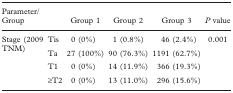
<table><thead><tr><td colspan="2"><b>Parameter/Group</b></td><td><b>Group 1</b></td><td><b>Group 2</b></td><td><b>Group 3</b></td><td><b><i>P</i> value</b></td></tr></thead><tbody><tr><td rowspan="4">Stage (2009 TNM)</td><td>Tis</td><td>0 (0%)</td><td>1 (0.8%)</td><td>46 (2.4%)</td><td rowspan="4">0.001</td></tr><tr><td>Ta</td><td>27 (100%)</td><td>90 (76.3%)</td><td>1191 (62.7%)</td></tr><tr><td>T1</td><td>0 (0%)</td><td>14 (11.9%)</td><td>366 (19.3%)</td></tr><tr><td>≥T2</td><td>0 (0%)</td><td>13 (11.0%)</td><td>296 (15.6%)</td></tr></tbody></table>